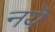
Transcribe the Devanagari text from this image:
नयॆ